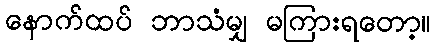
နောက်ထပ် ဘာသံမျှ မကြားရတော့။